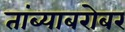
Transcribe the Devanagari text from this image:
तांब्याबरोबर